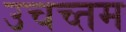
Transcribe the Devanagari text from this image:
उचच्तम